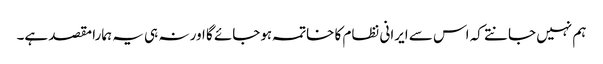
ہم نہیں جانتے کہ اس سے ایرانی نظام کا خاتمہ ہوجائے گا اور نہ ہی یہ ہمارا مقصد ہے۔